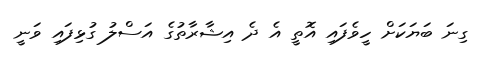
ގިނަ ބަޔަކަށް ހީވެފައި އޮތީ އެ ދެ އިޝާރާތުގެ އަސްލު ގުޅިފައި ވަނީ